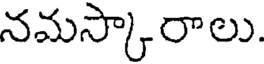
నమస్కారాలు.